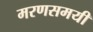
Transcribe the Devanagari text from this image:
मरणसमयी